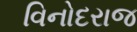
વિનોદરાજ